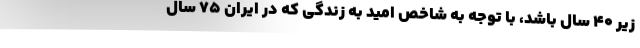
زیر ۴۰ سال باشد، با توجه به شاخص امید به زندگی که در ایران ۷۵ سال